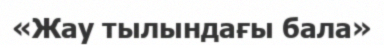
«Жау тылындағы бала»